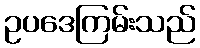
ဥပဒေကြမ်းသည်